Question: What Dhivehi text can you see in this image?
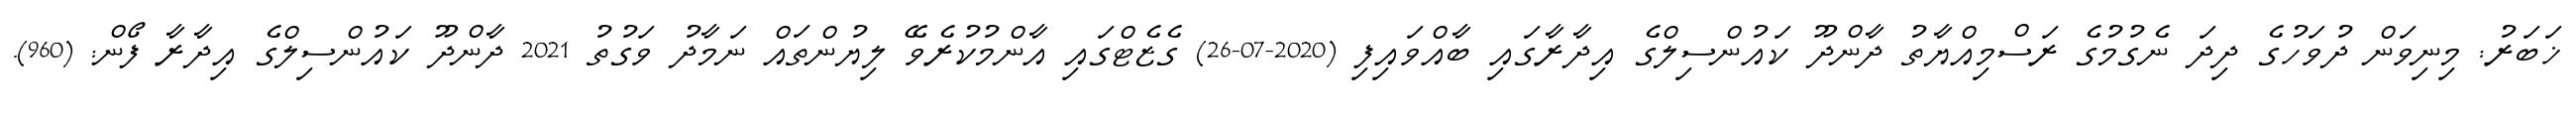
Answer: ޚަބަރު: މިނިވަން ދުވަހުގެ ދިދަ ނެގުމުގެ ރަސްމިއްޔާތު ދާންދޫ ކައުންސިލްގެ އިދާރާގައި ބާއްވައިފި (2020-07-26) ގެޒެޓްގައި އާންމުކުރެވޭ ލިޔުންތައް ނަމާދު ވަގުތު 2021 ދާންދޫ ކައުންސިލްގެ އިދާރާ ފޯން: (960).